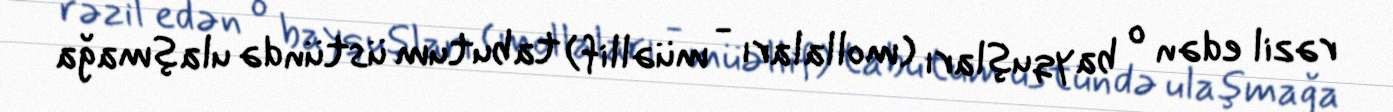
rəzil edən o bayquşları (mollaları - müəllif) tabutum üstündə ulaşmağa